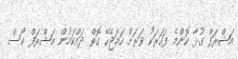
އަޝްރަފް ގުޅާ ކޮންމެ ފަހަރަކު ވަރަށް ހަމަޖެހޭ ގޮތް ދައްކަމުން އަޝްރަފް ކޯސް